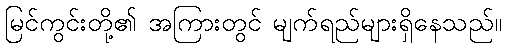
မြင်ကွင်းတို့၏ အကြားတွင် မျက်ရည်များရှိနေသည်။